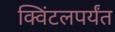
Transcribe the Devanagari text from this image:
क्विंटलपर्यंत